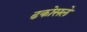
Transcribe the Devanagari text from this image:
ढकोसले